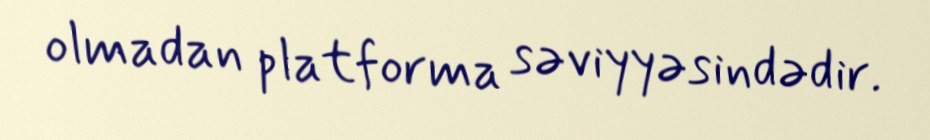
olmadan platforma səviyyəsindədir.